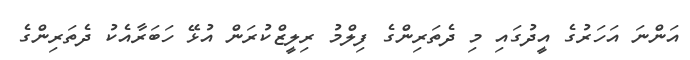
އަންނަ އަހަރުގެ އީދުގައި މި ދެތަރިންގެ ފިލްމު ރިލީޒްކުރަން އުޅޭ ހަބަރާއެކު ދެތަރިންގެ